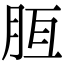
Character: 𣍭